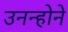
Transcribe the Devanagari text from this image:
उनन्होने